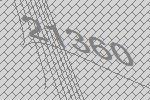
21360